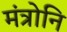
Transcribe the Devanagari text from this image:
मंत्रोनि